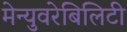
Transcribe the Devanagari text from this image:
मेन्युवरेबिलिटी